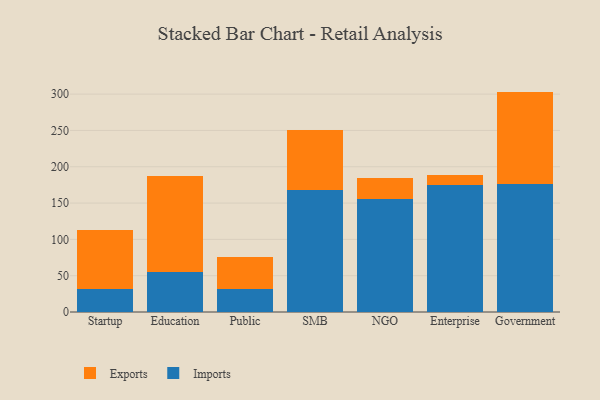
{"axis": {"x": "Segment", "y": "Energy Usage (MWh)"}, "legend": ["Exports", "Imports"], "data": [{"x": "Startup", "y": 31.1, "type": "Imports"}, {"x": "Startup", "y": 82.2, "type": "Exports"}, {"x": "Education", "y": 54.9, "type": "Imports"}, {"x": "Education", "y": 132.6, "type": "Exports"}, {"x": "Public", "y": 32.0, "type": "Imports"}, {"x": "Public", "y": 43.2, "type": "Exports"}, {"x": "SMB", "y": 168.1, "type": "Imports"}, {"x": "SMB", "y": 82.3, "type": "Exports"}, {"x": "NGO", "y": 155.5, "type": "Imports"}, {"x": "NGO", "y": 29.7, "type": "Exports"}, {"x": "Enterprise", "y": 175.2, "type": "Imports"}, {"x": "Enterprise", "y": 14.1, "type": "Exports"}, {"x": "Government", "y": 176.0, "type": "Imports"}, {"x": "Government", "y": 127.5, "type": "Exports"}]}